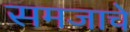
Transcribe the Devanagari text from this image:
समजाचे